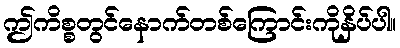
ဤကိစ္စတွင်နောက်တစ်ကြောင်းကိုနှိပ်ပါ။